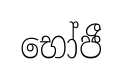
භෝජී